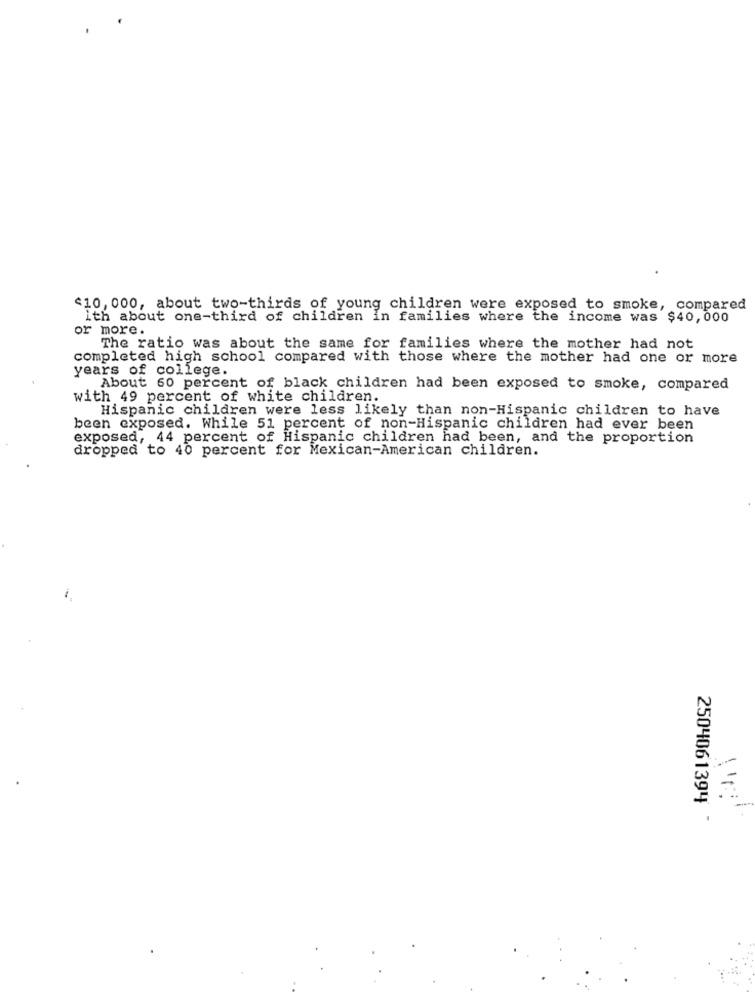
<10, 000, about two-thirds of young children were exposed to smoke, compared
ith about one-third of children in families where the income was $40,000
or more.
The ratio was about the same for families where the mother had not
completed high school compared with those where the mother had one or more
years of college.
About 60 percent of black children had been exposed to smoke, compared
with 49 percent of white children.
Hispanic children were less likely than non-Hispanic children to have
been exposed. While 51 percent of non-Hispanic children had ever been
exposed, 44 percent of Hispanic children had been, and the proportion
dropped to 40 percent for Mexican-American children.
=
2504061394 -